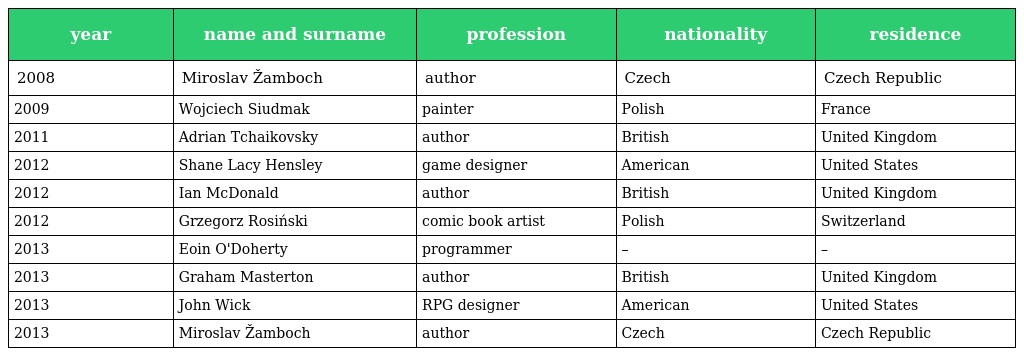
| year | name and surname | profession | nationality | residence |
 | --- | --- | --- | --- | --- |
 | 2008 | Miroslav Žamboch | author | Czech | Czech Republic |
 | 2009 | Wojciech Siudmak | painter | Polish | France |
 | 2011 | Adrian Tchaikovsky | author | British | United Kingdom |
 | 2012 | Shane Lacy Hensley | game designer | American | United States |
 | 2012 | Ian McDonald | author | British | United Kingdom |
 | 2012 | Grzegorz Rosiński | comic book artist | Polish | Switzerland |
 | 2013 | Eoin O'Doherty | programmer | – | – |
 | 2013 | Graham Masterton | author | British | United Kingdom |
 | 2013 | John Wick | RPG designer | American | United States |
 | 2013 | Miroslav Žamboch | author | Czech | Czech Republic |